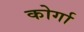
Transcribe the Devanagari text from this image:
कोर्गा